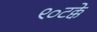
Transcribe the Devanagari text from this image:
९०टक्के